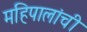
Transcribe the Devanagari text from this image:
महिपालांची